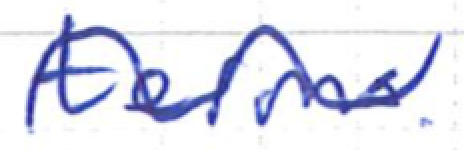
Text: terms.
Cross-out: wave
Writing tool: ballpoint